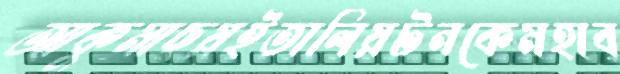
আকুমাছয়ইতালিয়টনকেমহাব